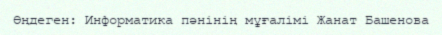
Өңдеген: Информатика пәнінің мұғалімі Жанат Башенова